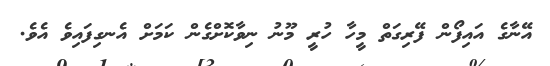
އޭނާގެ އައިފޯން ފޭރިގަތް މީހާ ހުރީ މޫނު ނިވާކޮށްގެން ކަމަށް އެނގިފައިވެ އެވެ.